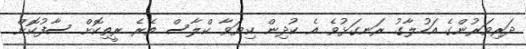
ދަރިވަރުންގެ އަހުލާގު ރަނގަޅުވެ އެ ކުދިން ކިޔަވާ ކްލާސް ތެރެ ރީތިކޮށް ސާފުކޮށް